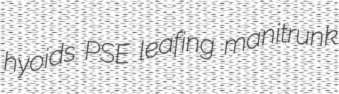
hyoids PSE leafing manitrunk